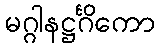
မဂ္ဂါနဋ္ဌင်္ဂိကော